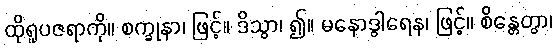
ထိုရူပဇရာကို။ စက္ခုနာ၊ ဖြင့်။ ဒိသွာ၊ ၍။ မနောဒွါရေန၊ ဖြင့်။ စိန္တေတွာ၊